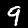
Label: 9